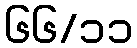
၆၆/၁၁